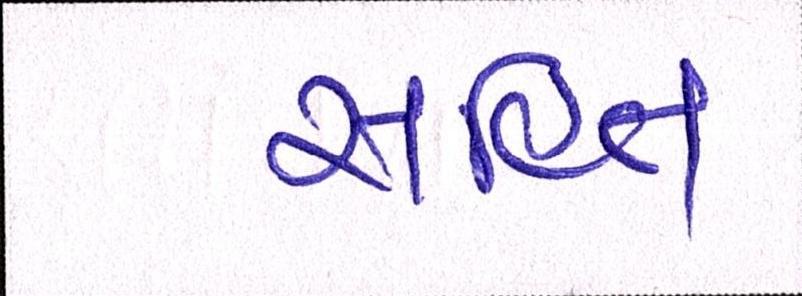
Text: સહિત